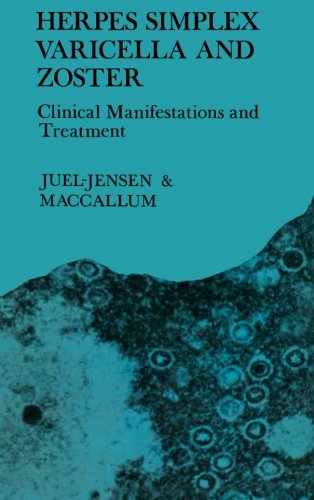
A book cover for Herpes Simplex Varicella and Zoster: Clinical Manifestations and Treatment; B. E. Juel-Jensen; Health, Fitness & Dieting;